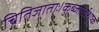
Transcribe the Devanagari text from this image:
चितिजाताः।कुब्जोर्ध्वशुष्क